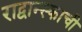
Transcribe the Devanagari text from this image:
राद्वान्स्काची